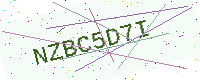
Text: NZBC5D7I